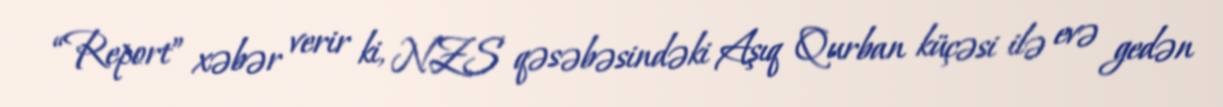
“Report” xəbər verir ki, NZS qəsəbəsindəki Aşıq Qurban küçəsi ilə evə gedən